Vaccination in the Punjab 1867-1880 - 1867-1880
Year: 1867
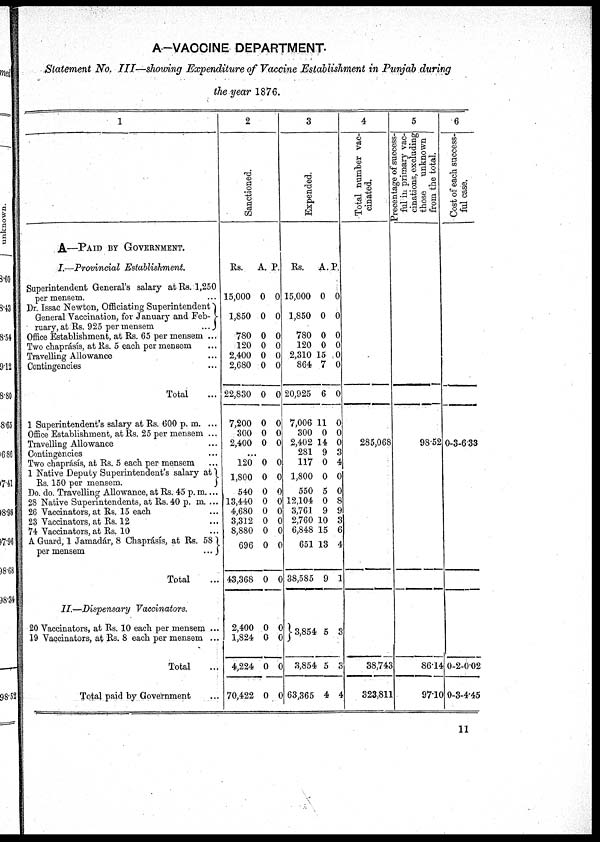
A-VACCINE DEPARTMENT.
Statement No. III—showing Expenditure of Vaccine Establishment in Punjab during
the year 1876.
1
A—PAID BY GOVERNMENT.
I.—Provincial
Establishment.
Superintendent General's salary at Rs. 1,250
per mensem. ...
Dr. Issac Newton, Officiating Superintendent
General Vaccination, for January and Feb¬
ruary, at Rs. 925 per mensem
...
Office Establishment, at Rs. 65 per mensem ...
Two chaprásís, at Rs. 5 each per mensem ...
Travelling Allowance ...
Contingencies ...
Total ...
1 Superintendent's salary at Rs. 600 p. m. ...
Office Establishment, at Rs. 25 per mensem ...
Travelling Allowance ...
Contingencies ...
Two chaprásís, at Rs. 5 each per mensem ...
1 Native Deputy Superintendent's salary at
Rs. 150 per mensem.
Do. do. Travelling Allowance, at Rs. 45 p. m. ...
28 Native Superintendents, at Rs. 40 p. m. ...
26 Vaccinators, at Rs, 15 each ...
23 Vaccinators, at Rs. 12 ...
74 Vaccinators, at Rs. 10 ...
A Guard, 1 Jamadár, 8 Chaprásís, at Rs. 58
per mensem
...
Total ...
II.—Dispensary
Vaccinators.
20 Vaccinators, at Rs. 10 each per mensem ...
19 Vaccinators, at Rs. 8 each per mensem ...
Total ...
Total paid by Government ...
2
Sanctioned.
Rs.
15,000
1,850
780
120
2,400
2,680
22,830
7,200
300
2,400
A.
0
0
0
0
0
0
0
0
0
0
p.
0
0
0
0
0
0
0
0
0
0
...
120
1,800
540
13,440
4,680
3,312
8,880
696
43,368
0
0
0
0
0
0
0
0
0
0
0
0
0
0
0
0
0
0
2,400
1,824
4,224
70,422
0
0
0
0
0
0
0
0
3
Expended.
Rs.
15,000
1,850
780
120
2,310
864
20,925
7,006
300
2,402
281
117
1,800
550
12,104
3,761
2,760
6,848
651
38,585
A.
0
0
0
0
15
7
6
11
0
14
9
0
0
5
0
9
10
15
13
9
P.
0
0
0
0
0
0
0
0
0
0
3
4
0
0
8
9
3
6
4
1
3,854
3,854
63,365
5
5
4
3
3
4
4
Total number vac-
cinated.
285,068
38,743
323,811
5
Precentage of success-
ful in primary vac-
cinations, excluding
those unknown
from the total.
98.52
86.14
97.10
6
Cost of each success-
ful case.
0-3-6.33
0-2-0.02
0-3-4.45
11